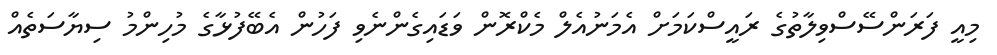
މިއީ ފަރަންސޭސްވިލާތުގެ ރައީސްކަމަށް އެމަނުއެލް މެކްރޮން ވަޑައިގެންނެވި ފަހުން އެބޭފުޅާގެ މުހިންމު ސިޔާސަތެއް